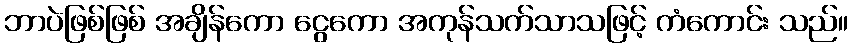
ဘာပဲဖြစ်ဖြစ် အချိန်ကော ငွေကော အကုန်သက်သာသဖြင့် ကံကောင်း သည်။